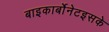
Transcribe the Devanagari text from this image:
बाइकार्बोनेटइसके